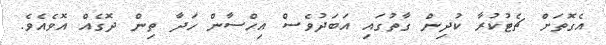
އެގޮތަށް ޗެޓުކުރާ ކުދިން ގާތުގައި އަބަދުވެސް އިހްސާން ހަދާ ތިން ދޮގެއް އޮވެއެވެ.